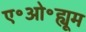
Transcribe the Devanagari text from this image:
ए॰ओ॰ह्यूम